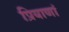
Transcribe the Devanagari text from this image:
प्रियाणां